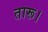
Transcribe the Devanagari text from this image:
तारू।